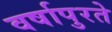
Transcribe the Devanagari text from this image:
वर्षापुरते